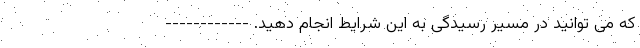
که می توانید در مسیر رسیدگی به این شرایط انجام دهید. ------------